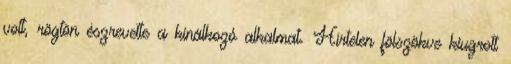
volt, rögtön észrevette a kínálkozó alkalmat. Hirtelen fölszökve kiugrott